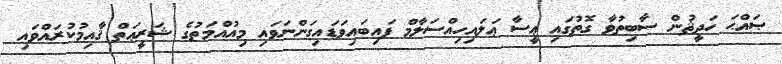
ޞައްޙަ ހަދީޘުން ސާބިތުވާ ގޮތުގައި ޢީސާ ޢަލައިހިއްސަލާމް ފައިބައިވަޑައިގަންނަވައި މިއުއްމަތުގެ ޝަރީޢަތް ޤާއިމުކުރައްވައި